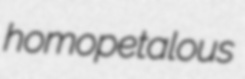
homopetalous